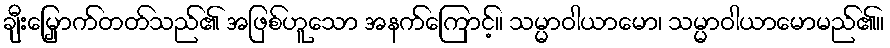
ချီးမြှောက်တတ်သည်၏ အဖြစ်ဟူသော အနက်ကြောင့်။ သမ္မာဝါယာမော၊ သမ္မာဝါယာမောမည်၏။